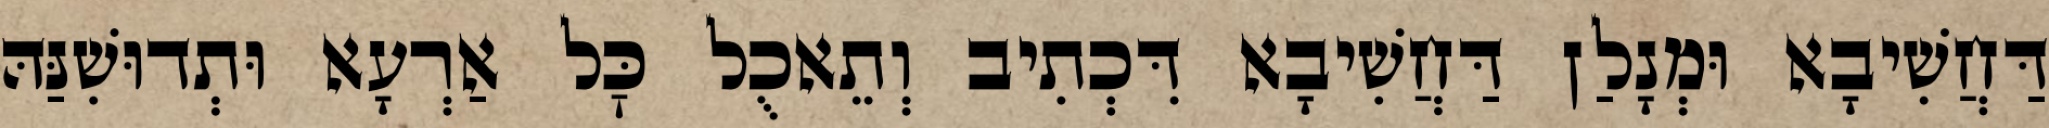
דַּחֲשִׁיבָא וּמְנָלַן דַּחֲשִׁיבָא דִּכְתִיב וְתֵאכֻל כׇּל אַרְעָא וּתְדוּשִׁנַּהּ